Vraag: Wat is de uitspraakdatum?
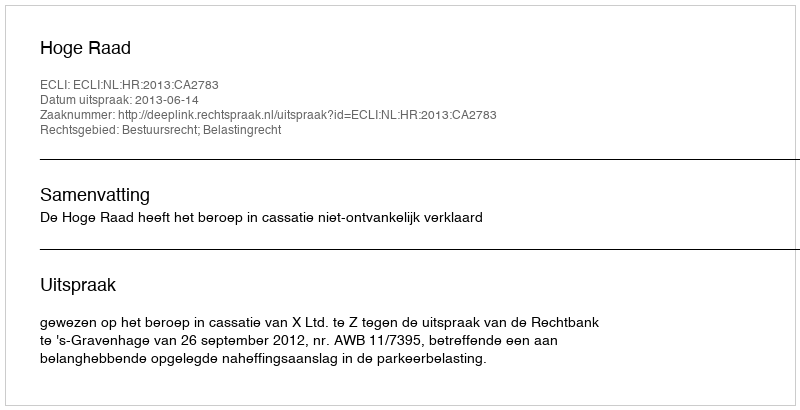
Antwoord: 2013-06-14